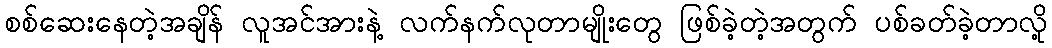
စစ်ဆေးနေတဲ့အချိန် လူအင်အားနဲ့ လက်နက်လုတာမျိုးတွေ ဖြစ်ခဲ့တဲ့အတွက် ပစ်ခတ်ခဲ့တာလို့